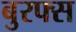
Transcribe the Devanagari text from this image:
बुरफ्स